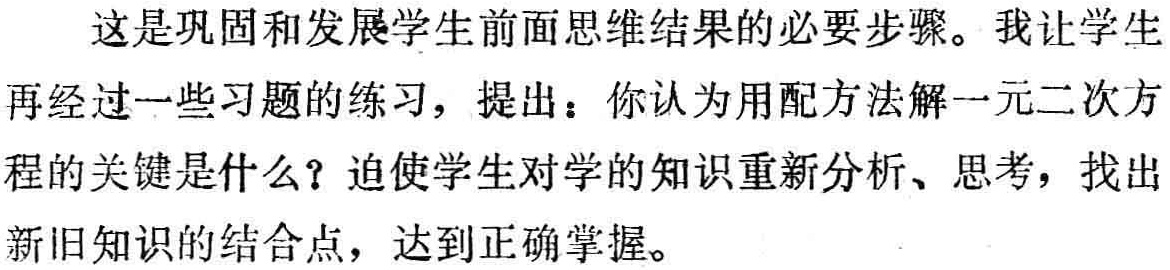
这是巩固和发展学生前面思维结果的必要步骤。我让学生再经过一些习题的练习，提出：你认为用配方法解一元二次方程的关键是什么？迫使学生对学的知识重新分析、思考，找出新旧知识的结合点，达到正确掌握。